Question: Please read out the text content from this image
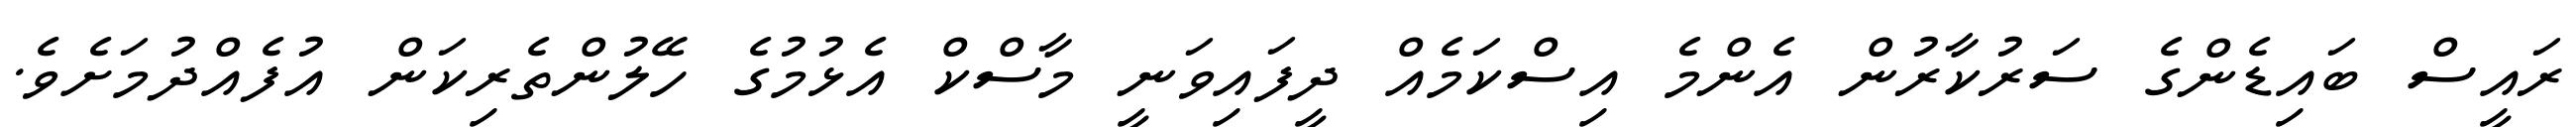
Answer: ރައީސް ބައިޑެންގެ ސަރުކާރުން އެންމެ އިސްކަމެއް ދީފައިވަނީ މާސްކް އެޅުމުގެ ހޭލުންތެރިކަން އުފެއްދުމަށެވެ.